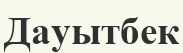
Дауытбек